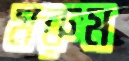
মরুম